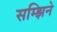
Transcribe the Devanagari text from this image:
सम्झिने